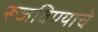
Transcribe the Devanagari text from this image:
रूजविण्याचे